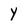
Character: y